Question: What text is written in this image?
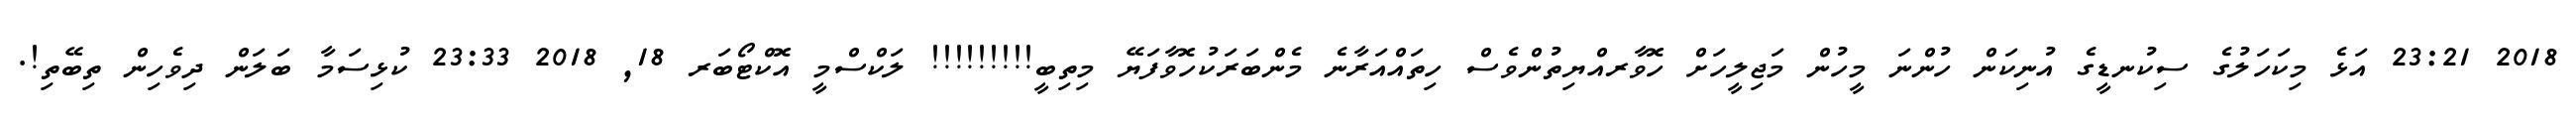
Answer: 2018 23:21 އަޅެ މިކަހަލުގެ ސިކުނޑީގެ އުނިކަން ހުންނަ މީހުން މަޖިލީހަށް ހޮވާރއްޔިތުންވެސް ހިތައްއަރާނެ މެންބަރަކުހޮވާފަޔޭ މިތިބީ!!!!!!!!! ލަކްސްމީ އޮކްޓޯބަރ 18, 2018 23:33 ކުޅިސަމާ ބަލަން ދިވެހިން ތިބޭތި!.